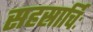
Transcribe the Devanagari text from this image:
सहस्रार्चिः